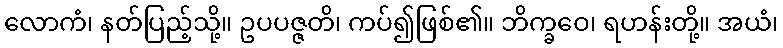
လောကံ၊ နတ်ပြည့်သို့။ ဥပပဇ္ဇတိ၊ ကပ်၍ဖြစ်၏။ ဘိက္ခဝေ၊ ရဟန်းတို့။ အယံ၊